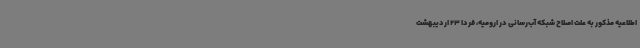
اطلاعیه مذکور به علت اصلاح شبکه آب‌رسانی در ارومیه، فردا 23 اردیبهشت